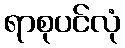
ရာစုပင်လုံ